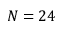
N = 2 4